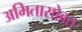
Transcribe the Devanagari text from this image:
अमितासोबत